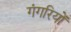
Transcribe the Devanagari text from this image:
गंगरियों